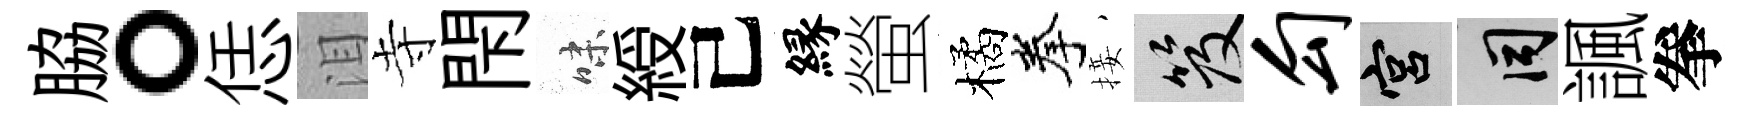
脇。恁泪寺閇味綬己縁螢橘拳接笈勾宫间諷拳